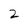
Character: 2